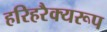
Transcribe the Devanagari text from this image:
हरिहरैक्यरूप